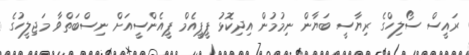
ރައީސް ސޯލިހްގެ ރިޔާސީ ބަޔާން ނިމުމުން އިދިކޮޅު ޕީޕީއެމް ޕީއެންސީއަށް ނިސްބަތްވާ މަޖިލީހުގެ